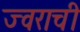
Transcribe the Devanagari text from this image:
ज्वराची